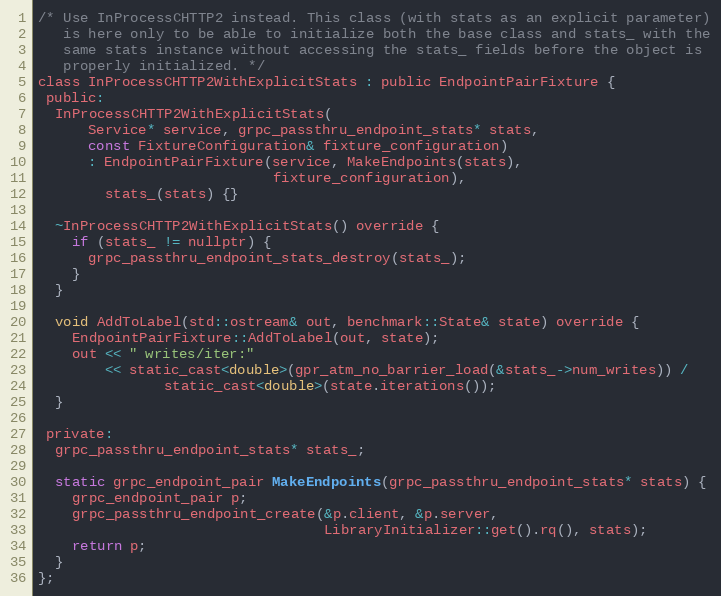
Language: C
/* Use InProcessCHTTP2 instead. This class (with stats as an explicit parameter)
   is here only to be able to initialize both the base class and stats_ with the
   same stats instance without accessing the stats_ fields before the object is
   properly initialized. */
class InProcessCHTTP2WithExplicitStats : public EndpointPairFixture {
 public:
  InProcessCHTTP2WithExplicitStats(
      Service* service, grpc_passthru_endpoint_stats* stats,
      const FixtureConfiguration& fixture_configuration)
      : EndpointPairFixture(service, MakeEndpoints(stats),
                            fixture_configuration),
        stats_(stats) {}

  ~InProcessCHTTP2WithExplicitStats() override {
    if (stats_ != nullptr) {
      grpc_passthru_endpoint_stats_destroy(stats_);
    }
  }

  void AddToLabel(std::ostream& out, benchmark::State& state) override {
    EndpointPairFixture::AddToLabel(out, state);
    out << " writes/iter:"
        << static_cast<double>(gpr_atm_no_barrier_load(&stats_->num_writes)) /
               static_cast<double>(state.iterations());
  }

 private:
  grpc_passthru_endpoint_stats* stats_;

  static grpc_endpoint_pair MakeEndpoints(grpc_passthru_endpoint_stats* stats) {
    grpc_endpoint_pair p;
    grpc_passthru_endpoint_create(&p.client, &p.server,
                                  LibraryInitializer::get().rq(), stats);
    return p;
  }
};